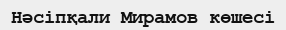
Нәсіпқали Мирамов көшесі